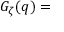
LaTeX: G _ { \zeta } ( q ) =